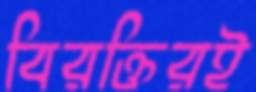
বিরক্তিরই